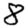
Digit: 8